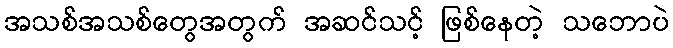
အသစ်အသစ်တွေအတွက် အဆင်သင့် ဖြစ်နေတဲ့ သဘောပဲ